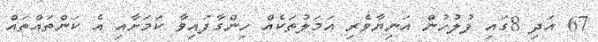
67 އަދި 8ގައި ފުލުހުން އަނިޔާވެރި އަމަލުތަކެއް ހިންގާފައިވާ ކަމަށާއި އެ ކަންތައްތައް